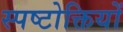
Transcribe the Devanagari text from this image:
स्पष्टोक्तियों